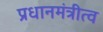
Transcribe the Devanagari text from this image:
प्रधानमंत्रीत्व